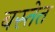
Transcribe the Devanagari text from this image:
बस्तेत